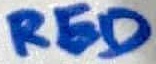
Text: RED